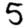
Digit: 5